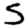
Digit: 5